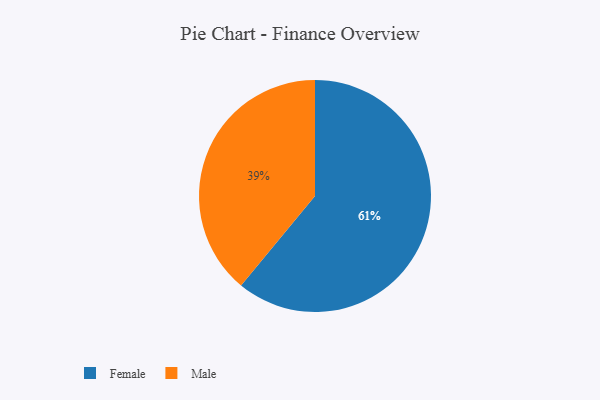
{"axis": {"x": "Category", "y": "Percentage"}, "legend": ["Female", "Male"], "data": [{"x": "Male", "y": 39, "type": "Male"}, {"x": "Female", "y": 61, "type": "Female"}]}